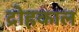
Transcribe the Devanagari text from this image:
द्रोहकाल